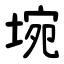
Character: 埦